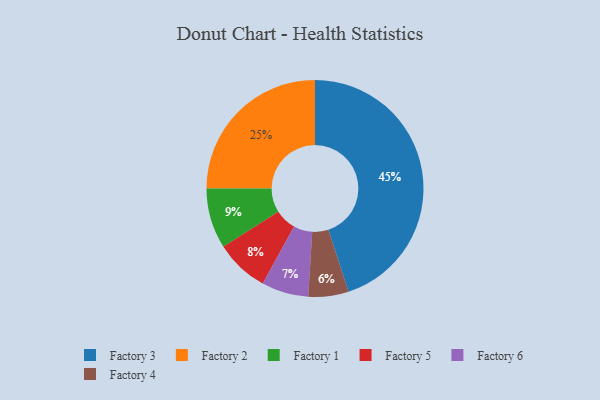
{"axis": {"x": "Category", "y": "Percentage"}, "legend": ["Factory 1", "Factory 2", "Factory 3", "Factory 4", "Factory 5", "Factory 6"], "data": [{"x": "Factory 2", "y": 25, "type": "Factory 2"}, {"x": "Factory 5", "y": 8, "type": "Factory 5"}, {"x": "Factory 6", "y": 7, "type": "Factory 6"}, {"x": "Factory 4", "y": 6, "type": "Factory 4"}, {"x": "Factory 3", "y": 45, "type": "Factory 3"}, {"x": "Factory 1", "y": 9, "type": "Factory 1"}]}